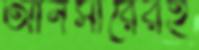
আনসারেরই